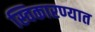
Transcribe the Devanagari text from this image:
स्विकारण्यात